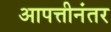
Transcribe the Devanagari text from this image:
आपत्तीनंतर